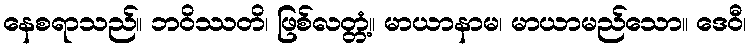
နေစရာသည်။ ဘဝိဿတိ၊ ဖြစ်လတ္တံ့။ မာယာနာမ၊ မာယာမည်သော။ ဒေဝီ၊